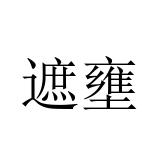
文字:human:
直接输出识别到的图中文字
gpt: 遮壅